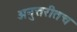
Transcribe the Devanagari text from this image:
अनुत्तरीतच